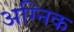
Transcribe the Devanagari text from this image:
अग्निक